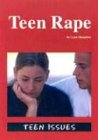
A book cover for Teen Issues - Teen Rape; Lynn Slaughter; Teen & Young Adult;